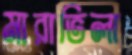
মারাভিলা